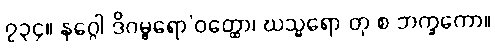
၇၃၄။ နဂ္ဂေါ ဒိဂမ္ဗရော’ဝတ္ထော၊ ဃသ္မရော တု စ ဘက္ခကော။